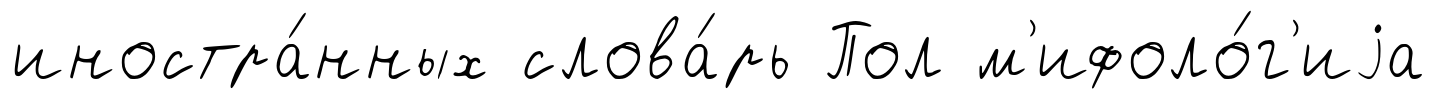
иностра́нных слова́рь Пол м'ифоло́г'иjа